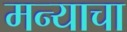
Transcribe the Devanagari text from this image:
मन्याचा